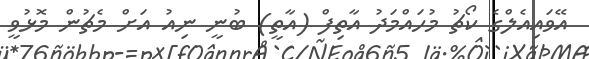
އޭވައިއެލްގެ ކޯޗު މުހައްމަދު އާތިފް (އާތީ) ބުނީ ނިއު އަށް މެޗުން މޮޅުވީ